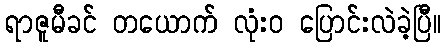
ရာဇူမီခင် တယောက် လုံးဝ ပြောင်းလဲခဲ့ပြီ။